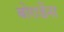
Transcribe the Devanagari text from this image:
बोराडेंना